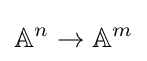
\mathbb {A} ^{n}\to \mathbb {A} ^{m}